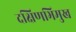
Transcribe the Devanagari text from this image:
दक्षिणभिमुख